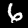
Digit: 6